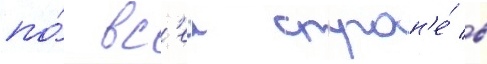
по́ вс'еи стран'е́ в